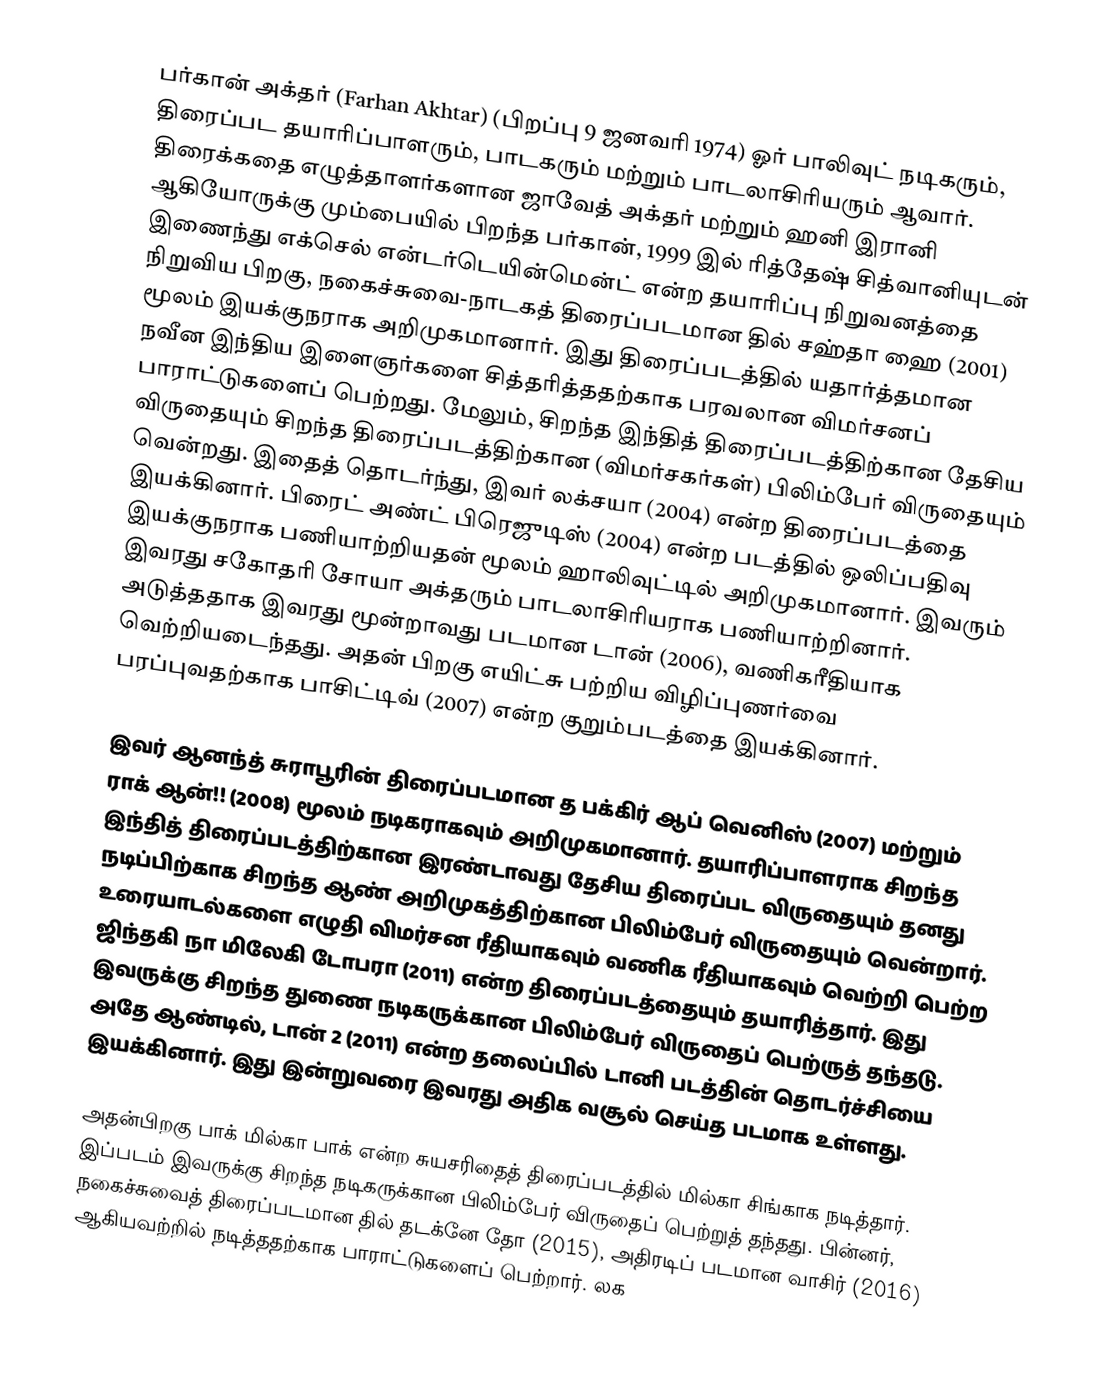
பர்கான் அக்தர் (Farhan Akhtar) (பிறப்பு 9 ஜனவரி 1974)  ஓர் பாலிவுட் நடிகரும், திரைப்பட தயாரிப்பாளரும், பாடகரும் மற்றும் பாடலாசிரியரும் ஆவார். திரைக்கதை எழுத்தாளர்களான ஜாவேத் அக்தர் மற்றும் ஹனி இரானி ஆகியோருக்கு மும்பையில் பிறந்த பர்கான், 1999 இல் ரித்தேஷ் சித்வானியுடன் இணைந்து எக்செல் என்டர்டெயின்மென்ட் என்ற தயாரிப்பு நிறுவனத்தை நிறுவிய பிறகு,  நகைச்சுவை-நாடகத் திரைப்படமான தில் சஹ்தா ஹை (2001) மூலம் இயக்குநராக அறிமுகமானார். இது திரைப்படத்தில் யதார்த்தமான நவீன இந்திய இளைஞர்களை சித்தரித்ததற்காக பரவலான விமர்சனப் பாராட்டுகளைப் பெற்றது. மேலும், சிறந்த இந்தித் திரைப்படத்திற்கான தேசிய விருதையும் சிறந்த திரைப்படத்திற்கான (விமர்சகர்கள்) பிலிம்பேர் விருதையும் வென்றது. இதைத் தொடர்ந்து, இவர் லக்சயா (2004) என்ற திரைப்படத்தை இயக்கினார். பிரைட் அண்ட் பிரெஜுடிஸ் (2004) என்ற படத்தில் ஒலிப்பதிவு இயக்குநராக பணியாற்றியதன் மூலம் ஹாலிவுட்டில் அறிமுகமானார். இவரும் இவரது சகோதரி சோயா அக்தரும் பாடலாசிரியராக பணியாற்றினார். அடுத்ததாக இவரது மூன்றாவது படமான  டான் (2006), வணிகரீதியாக வெற்றியடைந்தது. அதன் பிறகு எயிட்சு பற்றிய விழிப்புணர்வை பரப்புவதற்காக பாசிட்டிவ் (2007) என்ற குறும்படத்தை இயக்கினார்.

இவர் ஆனந்த் சுராபூரின் திரைப்படமான த பக்கிர் ஆப் வெனிஸ் (2007) மற்றும் ராக் ஆன்!! (2008) மூலம் நடிகராகவும் அறிமுகமானார். தயாரிப்பாளராக சிறந்த இந்தித் திரைப்படத்திற்கான இரண்டாவது தேசிய திரைப்பட விருதையும் தனது நடிப்பிற்காக சிறந்த ஆண் அறிமுகத்திற்கான பிலிம்பேர் விருதையும் வென்றார். உரையாடல்களை எழுதி விமர்சன ரீதியாகவும் வணிக ரீதியாகவும் வெற்றி பெற்ற ஜிந்தகி நா மிலேகி டோபரா (2011) என்ற திரைப்படத்தையும் தயாரித்தார். இது இவருக்கு சிறந்த துணை நடிகருக்கான பிலிம்பேர் விருதைப் பெற்ருத் தந்தடு. அதே ஆண்டில், டான் 2 (2011) என்ற தலைப்பில் டானி படத்தின் தொடர்ச்சியை இயக்கினார். இது இன்றுவரை இவரது அதிக வசூல் செய்த படமாக உள்ளது.

அதன்பிறகு பாக் மில்கா பாக் என்ற சுயசரிதைத் திரைப்படத்தில் மில்கா சிங்காக நடித்தார். இப்படம் இவருக்கு சிறந்த நடிகருக்கான பிலிம்பேர் விருதைப் பெற்றுத் தந்தது. பின்னர், நகைச்சுவைத் திரைப்படமான தில் தடக்னே தோ (2015), அதிரடிப் படமான வாசிர் (2016) ஆகியவற்றில் நடித்ததற்காக பாராட்டுகளைப் பெற்றார். லக